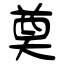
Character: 奠